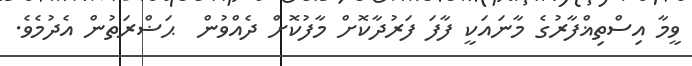
ވީމާ އިސްތިޣްފާރުގެ މާނައަކީ ފާފަ ފަރުދާކޮށް މާފުކޮށް ދެއްވުން  ޙަޟްރަތުން އެދުމެވެ.